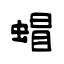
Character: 蝐